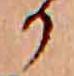
か